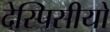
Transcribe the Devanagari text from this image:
देस्पिसीयो